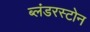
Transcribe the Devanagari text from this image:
ब्लंडरस्टोन